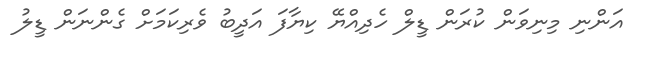
އަންނި މިނިވަން ކުރަން ޑީލް ހެދިއްޔޭ ކިޔާފަ އަދީބު ވެރިކަމަށް ގެންނަން ޑީލު